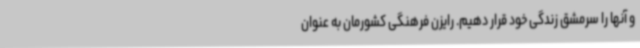
و آنها را سرمشق زندگی خود قرار دهیم. رایزن فرهنگی کشورمان به عنوان